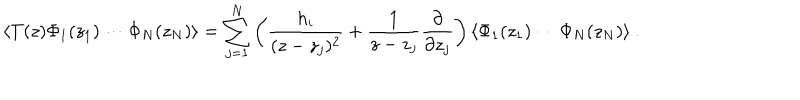
LaTeX: \langle T ( z ) \Phi _ { 1 } ( z _ { 1 } ) \cdots \Phi _ { N } ( z _ { N } ) \rangle = \sum _ { j = 1 } ^ { N } \left( \frac { h _ { i } } { ( z - z _ { j } ) ^ { 2 } } + \frac { 1 } { z - z _ { j } } \frac { \partial } { \partial z _ { j } } \right) \langle \Phi _ { 1 } ( z _ { 1 } ) \cdots \Phi _ { N } ( z _ { N } ) \rangle ~ .